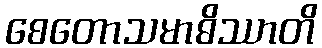
စေတောသမာဓိဿာတိ